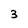
Character: 3